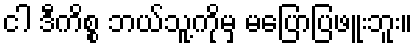
ငါ ဒီကိစ္စ ဘယ်သူ့ကိုမှ မပြောပြဖူးဘူး။